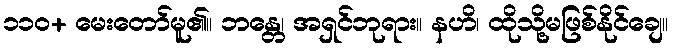
၁၁၀+ မေးတော်မူ၏။ ဘန္တေ၊ အရှင်ဘုရား။ နဟိ၊ ထိုသို့မဖြစ်နိုင်ချေ။